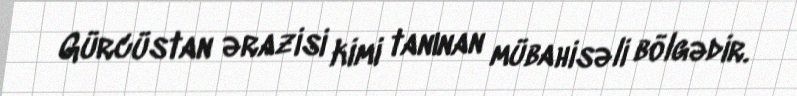
Gürcüstan ərazisi kimi tanınan mübahisəli bölgədir.